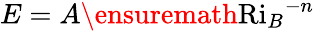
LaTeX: E=A\ensuremath{\mathrm{Ri}_{B}}^{-n}